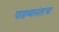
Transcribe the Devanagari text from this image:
पाडव्यानंतरचा